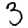
Digit: 3